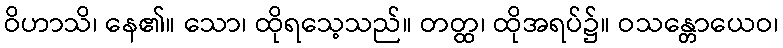
ဝိဟာသိ၊ နေ၏။ သော၊ ထိုရသေ့သည်။ တတ္ထ၊ ထိုအရပ်၌။ ဝသန္တောယေဝ၊